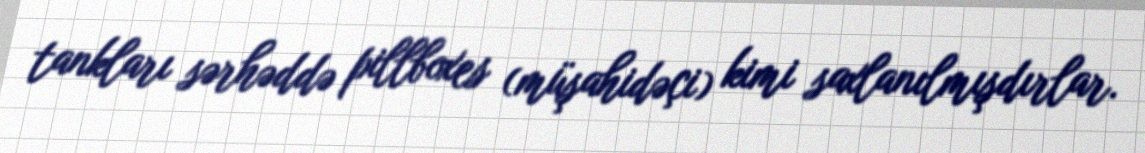
tankları sərhəddə pillboxes (müşahidəçi) kimi saxlanılmışdırlar.